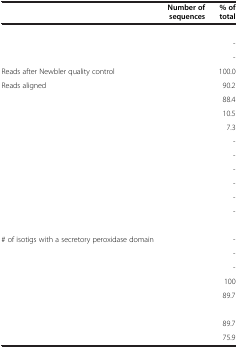
<table><thead><tr><td>[EMPTY_CELL]</td><td><b>Number of sequences</b></td><td><b>% of total</b></td></tr></thead><tbody><tr><td colspan="3">[EMPTY_CELL]</td></tr><tr><td>[EMPTY_CELL]</td><td>[EMPTY_CELL]</td><td>-</td></tr><tr><td>[EMPTY_CELL]</td><td>[EMPTY_CELL]</td><td>-</td></tr><tr><td>Reads after Newbler quality control</td><td>[EMPTY_CELL]</td><td>100.0</td></tr><tr><td>Reads aligned</td><td>[EMPTY_CELL]</td><td>90.2</td></tr><tr><td>[EMPTY_CELL]</td><td>[EMPTY_CELL]</td><td>88.4</td></tr><tr><td>[EMPTY_CELL]</td><td>[EMPTY_CELL]</td><td>10.5</td></tr><tr><td>[EMPTY_CELL]</td><td>[EMPTY_CELL]</td><td>7.3</td></tr><tr><td>[EMPTY_CELL]</td><td>[EMPTY_CELL]</td><td>-</td></tr><tr><td>[EMPTY_CELL]</td><td>[EMPTY_CELL]</td><td>-</td></tr><tr><td>[EMPTY_CELL]</td><td>[EMPTY_CELL]</td><td>-</td></tr><tr><td>[EMPTY_CELL]</td><td>[EMPTY_CELL]</td><td>-</td></tr><tr><td>[EMPTY_CELL]</td><td>[EMPTY_CELL]</td><td>-</td></tr><tr><td>[EMPTY_CELL]</td><td>[EMPTY_CELL]</td><td>-</td></tr><tr><td colspan="3">[EMPTY_CELL]</td></tr><tr><td># of isotigs with a secretory peroxidase domain</td><td>[EMPTY_CELL]</td><td>-</td></tr><tr><td>[EMPTY_CELL]</td><td>[EMPTY_CELL]</td><td>-</td></tr><tr><td>[EMPTY_CELL]</td><td>[EMPTY_CELL]</td><td>-</td></tr><tr><td>[EMPTY_CELL]</td><td>[EMPTY_CELL]</td><td>100</td></tr><tr><td>[EMPTY_CELL]</td><td>[EMPTY_CELL]</td><td>89.7</td></tr><tr><td colspan="3">[EMPTY_CELL]</td></tr><tr><td>[EMPTY_CELL]</td><td>[EMPTY_CELL]</td><td>89.7</td></tr><tr><td>[EMPTY_CELL]</td><td>[EMPTY_CELL]</td><td>75.9</td></tr></tbody></table>